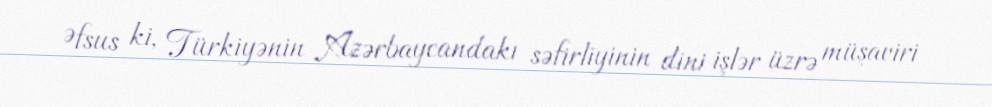
Əfsus ki, Türkiyənin Azərbaycandakı səfirliyinin dini işlər üzrə müşaviri